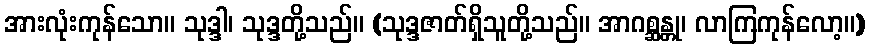
အားလုံးကုန်သော။ သုဒ္ဒါ၊ သုဒ္ဒတို့သည်။ (သုဒ္ဒဇာတ်ရှိသူတို့သည်။ အာဂစ္ဆန္တု၊ လာကြကုန်လော့။)